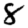
Digit: 8